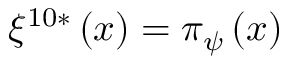
\xi ^ { 1 0 * } \left( x \right) = \pi _ { \psi } \left( x \right)